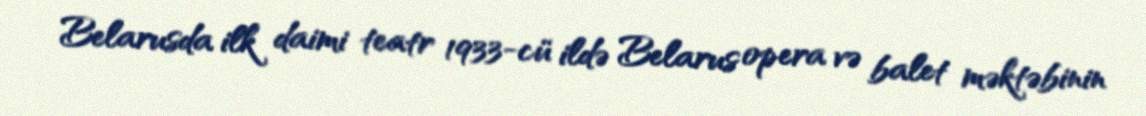
Belarusda ilk daimi teatr 1933-cü ildə Belarus opera və balet məktəbinin